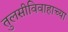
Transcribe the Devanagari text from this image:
तुलसीविवाहाच्या